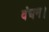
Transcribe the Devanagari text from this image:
वंचन।